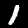
Label: 1